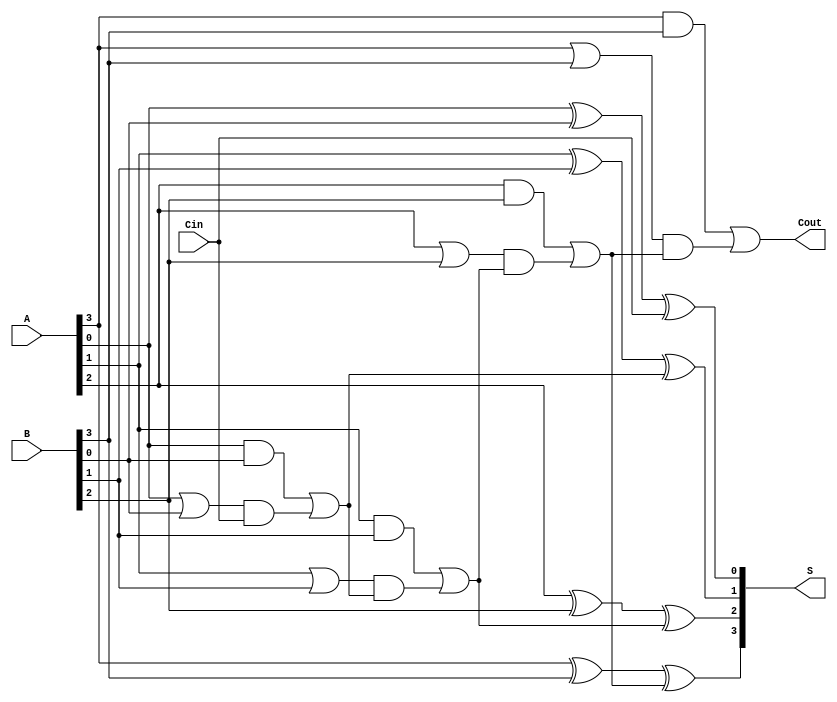
module ManchesterCarryChainAdder #(parameter N = 4) (
    input  [N-1:0] A,      // First n-bit number
    input  [N-1:0] B,      // Second n-bit number
    input          Cin,     // Carry-in
    output [N-1:0] S,      // Sum output
    output         Cout     // Carry-out
);

    // Intermediate wires for carry generation and propagation
    wire [N-1:0] G;  // Generate signals
    wire [N-1:0] P;  // Propagate signals
    wire [N:0] C;    // Carry signals

    // Carry Generation and Propagation Logic
    genvar i;
    generate
        for (i = 0; i < N; i = i + 1) begin : carry_logic
            assign G[i] = A[i] & B[i];                // Generate signal
            assign P[i] = A[i] | B[i];                // Propagate signal
            if (i == 0) begin
                assign C[i] = Cin;                    // Carry-in for the first bit
            end else begin
                assign C[i] = G[i-1] | (P[i-1] & C[i-1]); // Carry logic for subsequent bits
            end
        end
    endgenerate

    // Final Carry-out
    assign Cout = G[N-1] | (P[N-1] & C[N-1]);

    // Sum Calculation Logic
    generate
        for (i = 0; i < N; i = i + 1) begin : sum_logic
            assign S[i] = A[i] ^ B[i] ^ C[i]; // Sum output
        end
    endgenerate

endmodule